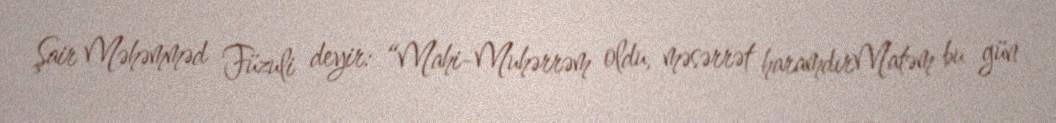
Şair Məhəmməd Füzuli deyir: “Mahi-Muhərrəm oldu, məsərrət haramdırMatəm bu gün